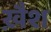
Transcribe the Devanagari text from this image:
ख़ैश